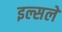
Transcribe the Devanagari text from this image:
इल्सले